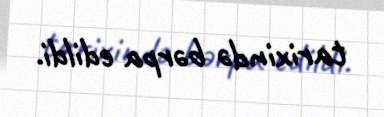
tarixində bərpa edildi.